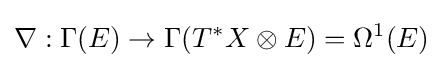
\nabla :\Gamma (E)\to \Gamma (T^{*}X\otimes E)=\Omega ^{1}(E)